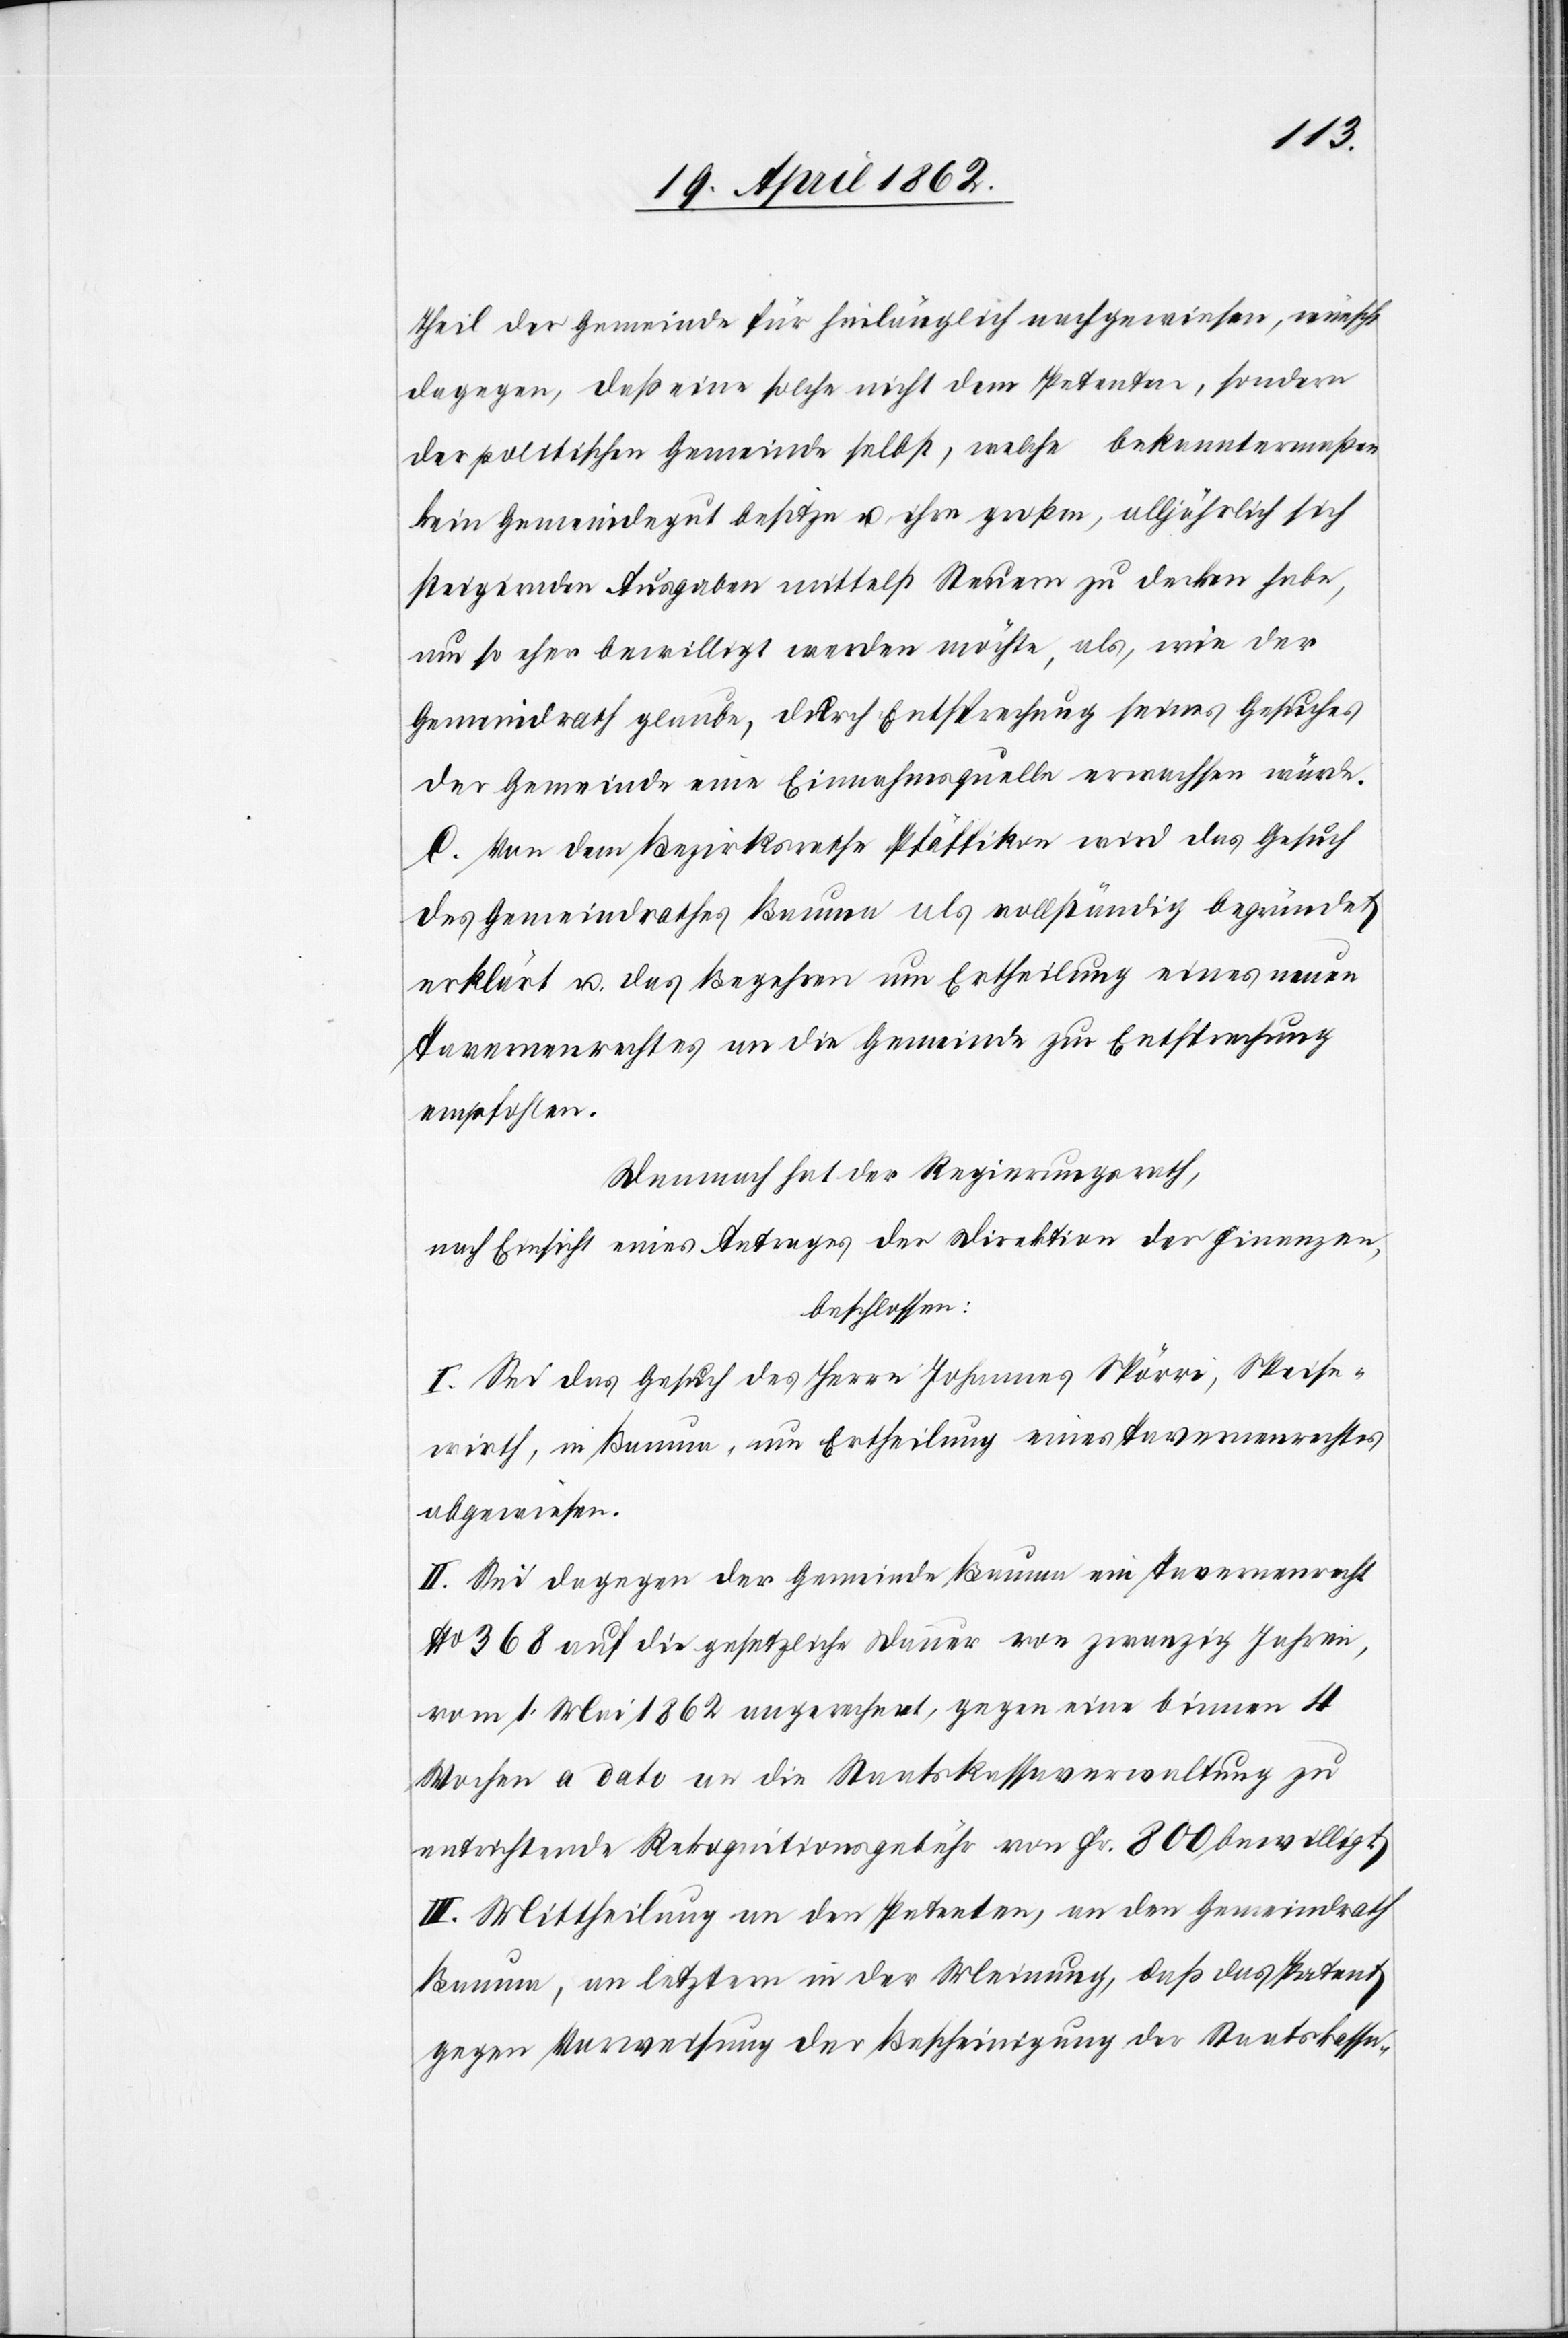
theil der Gemeinde für hinlänglich nachgewiesen, wünsche
dagegen, daß eine solche nicht dem Petenten, sondern
der politischen Gemeinde selbst, welche bekanntermaßen
kein Gemeindegut besitze u. ihre großen, alljährlich sich
steigenden Ausgaben mittelst Steuern zu decken habe,
um so eher bewilligt werden möchte, als, wie der
Gemeindrath glaube, durch Entsprechung seines Gesuches
der Gemeinde eine Einnahmequelle erwachsen würde.
C. Von dem Bezirksrathe Pfäffikon wird das Gesuch
des Gemeindrathes Bauma als vollständig begründet
erklärt u. das Begehren um Ertheilung eines neuen
Tavernenrechtes an die Gemeinde zur Entsprechung
empfohlen.
Demnach hat der Regierungsrath,
nach Einsicht eines Antrages der Direktion der Finanzen,
beschlossen:
I. Sei das Gesuch des Herrn Johannes Spörri, Speise¬
wirth, in Bauma, um Ertheilung eines Tavernenrechtes
abgewiesen.
II. Sei dagegen der Gemeinde Bauma ein Tavernenrecht
No. 368 auf die gesetzliche Dauer von zwanzig Jahren,
vom 1. Mai 1862 angerechnet, gegen eine binnen 4
Wochen a dato an die Staatskassaverwaltung zu
entrichtende Rekognitionsgebühr von Fr. 800 bewilligt.
III. Mittheilung an den Petenten, an den Gemeindrath
Bauma, an letztern in der Meinung, daß Petent
gegen Vorweisung der Bescheinigung der Staatskassa-